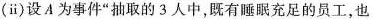
(ⅱ)设A为事件”抽取的3人中，既有睡眠充足的员工，也